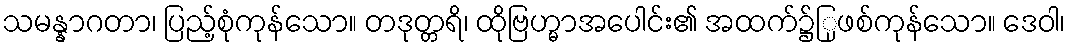
သမန္နာဂတာ၊ ပြည့်စုံကုန်သော။ တဒုတ္တရိ၊ ထိုဗြဟ္မာအပေါင်း၏ အထက်၌ြုဖစ်ကုန်သော။ ဒေဝါ၊